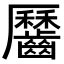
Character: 𪙪